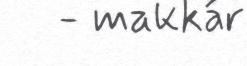
- makkár